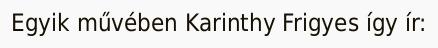
Egyik művében Karinthy Frigyes így ír: